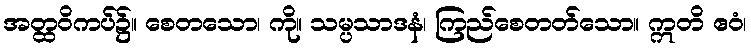
အတ္ထဝိကပ်၌။ စေတသော၊ ကို။ သမ္ပသာဒနံ၊ ကြည်စေတတ်သော။ ဣတိ ဧဝံ၊